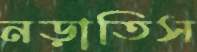
নড়াতিস